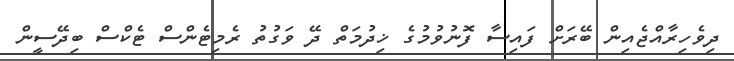
ދިވެހިރާއްޖެއިން ބޭރަށް ފައިސާ ފޮނުވުމުގެ ޚިދުމަތް ދޭ ވަގުތު ރެމިޓެންސް ޓެކްސް ބިދޭސީން